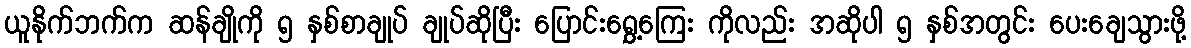
ယူနိုက်ဘက်က ဆန်ချိုကို ၅ နှစ်စာချုပ် ချုပ်ဆိုပြီး ပြောင်းရွှေ့ကြေး ကိုလည်း အဆိုပါ ၅ နှစ်အတွင်း ပေးချေသွားဖို့